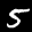
Label: 5